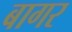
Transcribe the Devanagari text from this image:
बागर